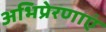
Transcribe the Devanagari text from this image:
अभिप्रेरणाएं